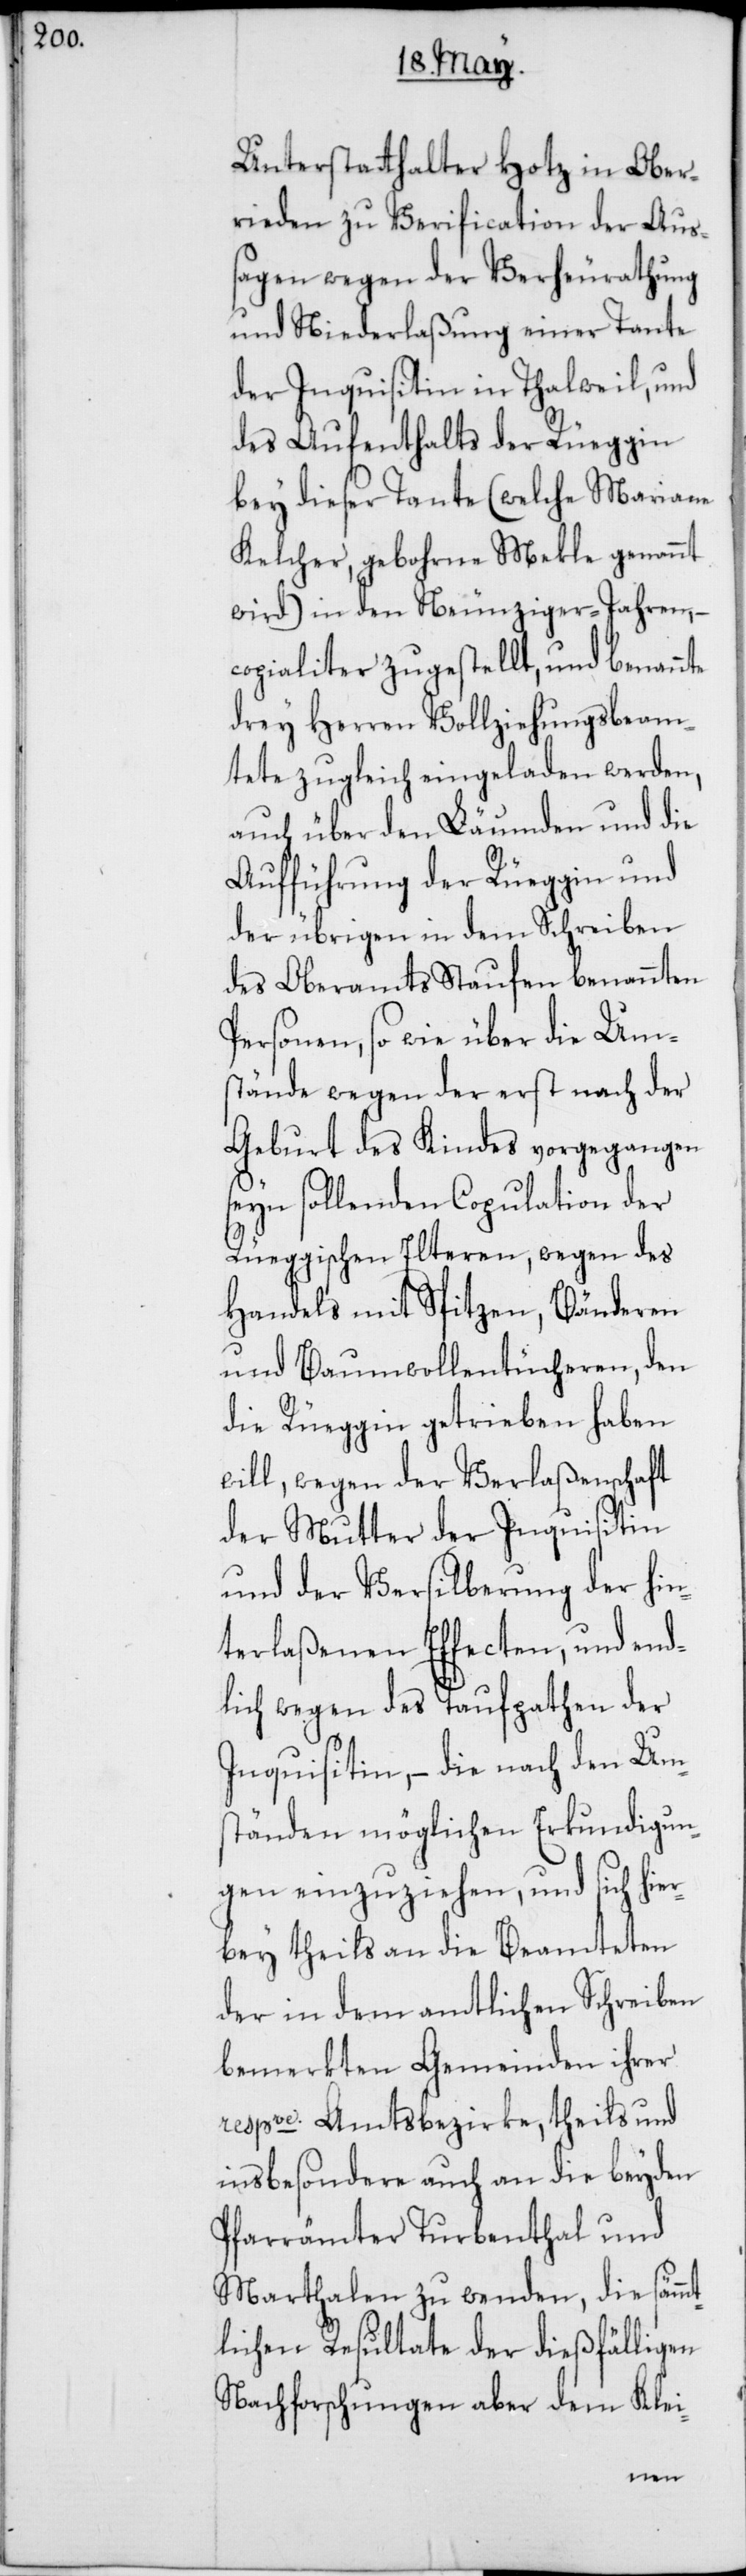
Unterstatthalter Hotz in Ober¬
rieden zu Verification der Auß¬
agen wegen der Verheurathung
und Niederlaßung einer Tante
der Inquisitin in Thalweil, und
des Aufenthalts der Rüeggin
bey dieser Tante (welche Mariane
Kelcher, gebohrne Mekle genannt
wird) in den Neunziger-Jahren, –
copialiter zugestellt, und benannte
drey Herren Vollziehungsbeam¬
tete zugleich eingeladen werden,
auch über den Läumden und die
Aufführung der Rüeggin und
der übrigen in dem Schreiben
des Oberamts Staufen benannten
Personen, sowie über die Um¬
stände wegen der erst nach der
Geburt des Kindes vorgegangen
seyn sollenden Copulation der
Rüeggischen Elteren, wegen des
Handels mit Spitzen, Bänderen
und Baumwollentücheren, den
die Rüeggin getrieben haben
will, wegen der Verlaßenschaft
der Mutter der Inqisitin
und der Versilberung der hin¬
terlaßenen Effecten, und end¬
lich wegen des Taufpathen der
Inqisitin, –die nach den Um¬
ständen möglichen Erkundigun¬
gen einzuziehen, und sich hier¬
bey theils an die Beamteten
der in dem amtlichen Schreiben
bemerkten Gemeinden ihrer
respve. Amtsbezirke, theils und
insbesondere auch an die beyden
Pfarrämter Turbenthal und
Marthalen zu wenden, die sämm¬
tlichen Resultate der dießfälligen
Nachforschungen aber dem Klei-